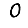
Digit: 0